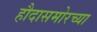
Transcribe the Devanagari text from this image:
हौदासमोरच्या